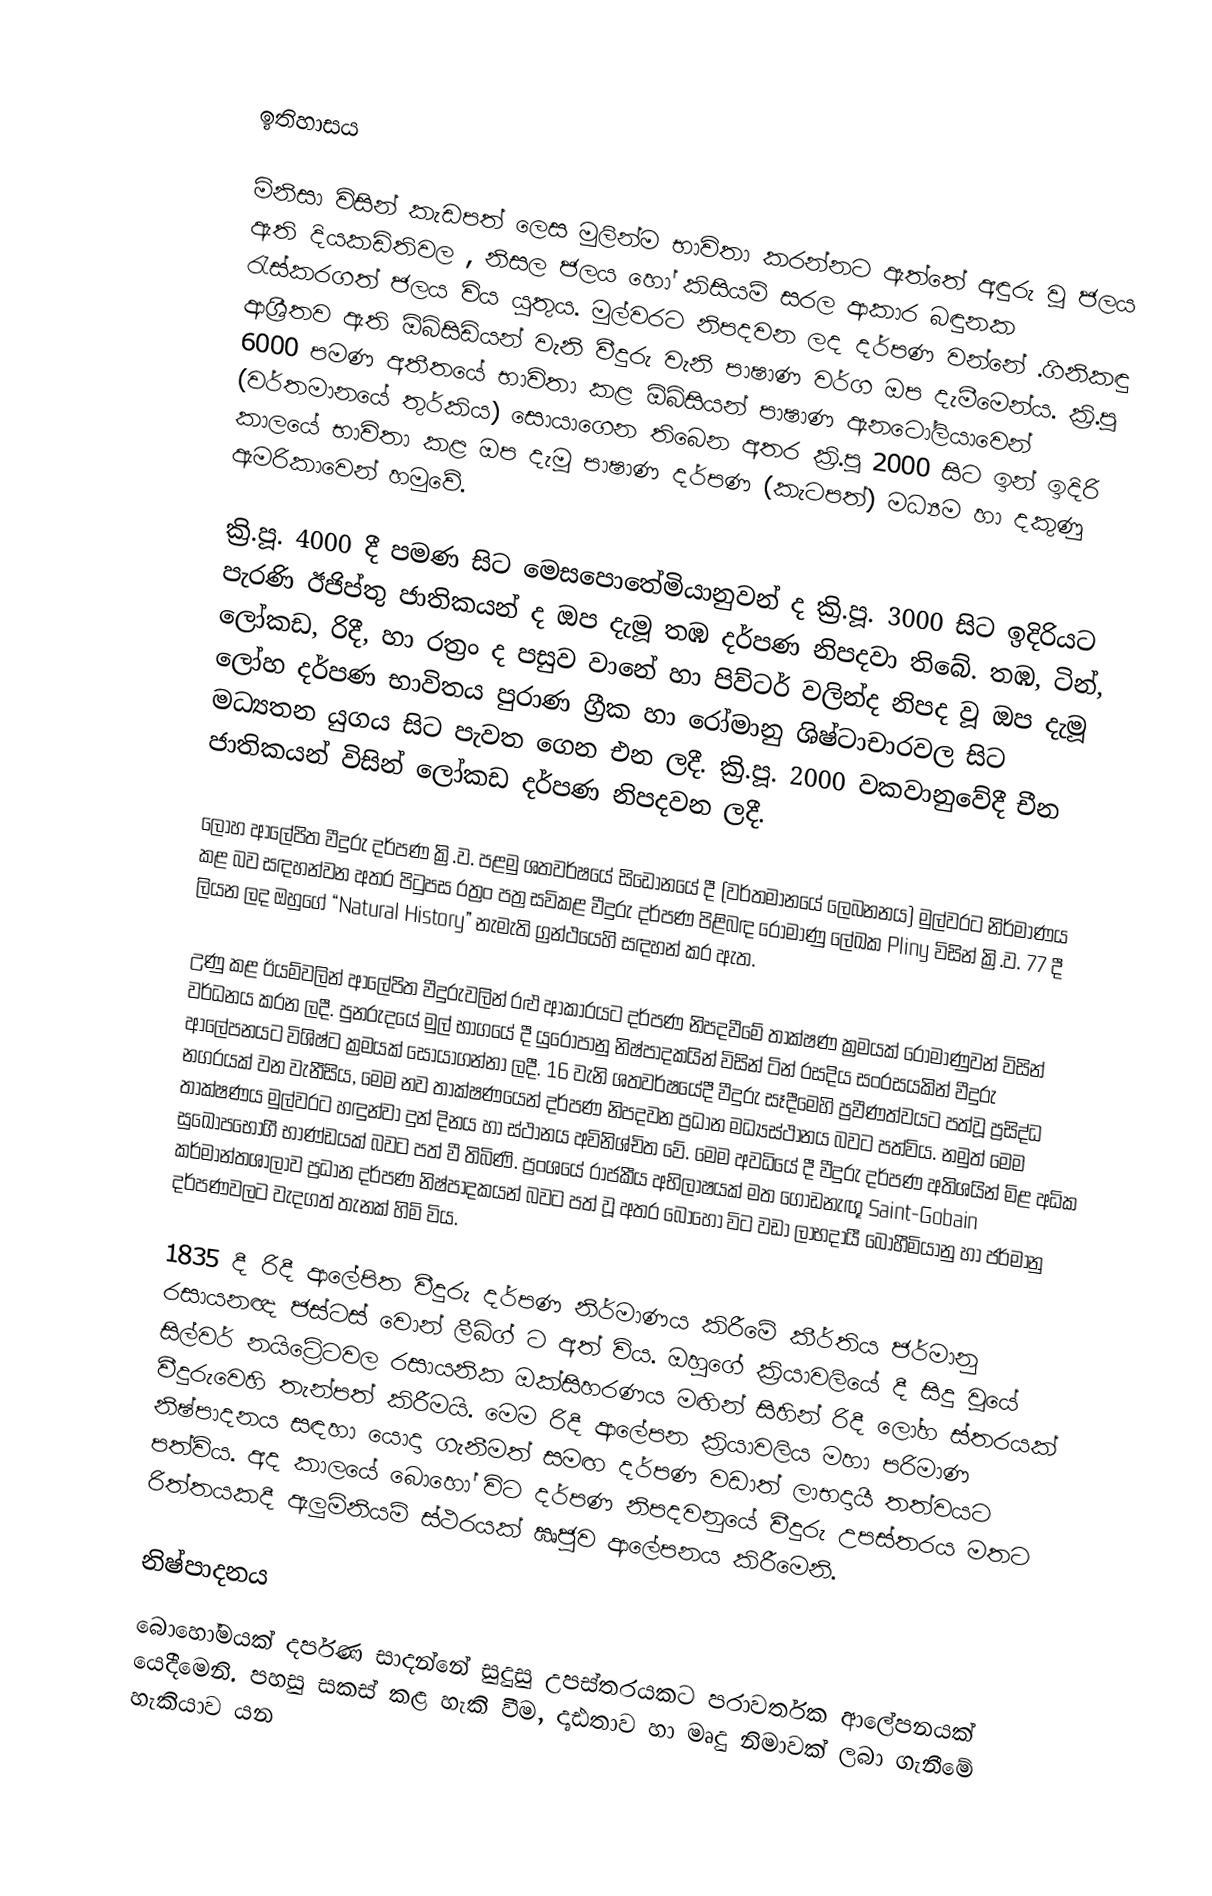

ඉතිහාසය

මිනිසා විසින් කැඩපත් ලෙස මුලින්ම භාවිතා කරන්නට ඇත්තේ අඳුරු වූ ජලය ඇති  දියකඩිතිවල , නිසල ජලය හෝ කිසියම් සරල ආකාර  බඳුනක රැස්කරගත් ජලය විය යුතුය. මුල්වරට නිපදවන ලද දර්පණ වන්නේ .ගිනිකඳු ආශ්‍රීතව ඇති ඕබ්සිඩියන් වැනි වීදුරු වැනි පාෂාණ වර්ග ඔප දැමීමෙන්ය. ක්‍රි.පූ 6000 පමණ අතීතයේ භාවිතා කළ ඕබ්සියන් පාෂාණ  ඇනටෝලියාවෙන් (වර්තමානයේ තුර්කිය) සොයාගෙන තිබෙන අතර ක්‍රි.පූ 2000 සිට ඉන් ඉදිරි කාලයේ භාවිතා කළ ඔප දැමූ පාෂාණ දර්පණ (කැටපත්) මධ්‍යම හා දකුණු ඇමරිකාවෙන් හමුවේ.

ක්‍රි.පූ. 4000 දී පමණ සිට මෙසපොතේමියානුවන් ද ක්‍රි.පූ. 3000 සිට ඉදිරියට පැරණි ඊජිප්තු ජාතිකයන් ද  ඔප දැමූ තඹ දර්පණ නිපදවා තිබේ. තඹ, ටින්, ලෝකඩ, රිදී, හා රත්‍රං ද පසුව වානේ හා පිව්ටර් වලින්ද නිපද වූ ඔප දැමූ ලෝහ දර්පණ භාවිතය පුරාණ ග්‍රීක හා රෝමානු ශිෂ්ටාචාරවල සිට මධ්‍යතන යුගය සිට පැවත ගෙන එන ලදී. ක්‍රි.පූ. 2000 වකවානුවේදී චීන ජාතිකයන් විසින් ලෝකඩ දර්පණ නිපදවන ලදී.

ලෝහ ආලේපිත වීදුරු දර්පණ ක්‍රි.ව. පළමු ශතවර්ෂයේ සිඩෝනයේ  දී (වර්තමානයේ ලෙබනනය) මුල්වරට නිර්මාණය කළ බව සඳහන්වන අතර පිටුපස රත්‍රං පත්‍ර සවිකළ වීදුරු දර්පණ පිළිබඳ රෝමාණු ලේඛක Pliny විසින් ක්‍රි.ව. 77 දී ලියන ලද ඔහුගේ “Natural History” නැමැති ග්‍රන්ථයෙහි සඳහන් කර ඇත.

උණු කළ ඊයම්වලින් ආලේපිත වීදුරුවලින් රළු ආකාරයට දර්පණ නිපදවීමේ  තාක්ෂණ ක්‍රමයක් රෝමාණුවන් විසින් වර්ධනය කරන ලදී.  පුනරුදයේ මුල් භාගයේ දී යුරෝපානු නිෂ්පාදකයින් විසින් ටින් රසදිය සංරසයකින් වීදුරු ආලේපනයට විශිෂ්ට ක්‍රමයක් සොයාගන්නා ලදී. 16 වැනි ශතවර්ෂයේදී වීදුරු සෑදීමෙහි ප්‍රවීණත්වයට පත්වූ ප්‍රසිද්ධ නගරයක් වන වැනීසිය, මෙම නව තාක්ෂණයෙන් දර්පණ නිපදවන ප්‍රධාන මධ්‍යස්ථානය බවට පත්විය. නමුත් මෙම තාක්ෂණය මුල්වරට හඳුන්වා දුන් දිනය හා ස්ථානය අවිනිශ්චිත වේ. මෙම අවධියේ දී වීදුරු දර්පණ අතිශයින් මිළ අධික සුඛෝපභෝගී භාණ්ඩයක් බවට පත් වී තිබිණි. ප්‍රංශයේ රාජකීය අභිලාෂයක් මත ගොඩනැඟූ Saint-Gobain කර්මාන්තශාලාව ප්‍රධාන දර්පණ නිෂ්පාදකයන් බවට පත් වූ අතර බොහෝ විට වඩා ලාභදායී බොහීමියානු හා ජර්මානු දර්පණවලට වැදගත් තැනක් හිමි විය.

1835 දී රිදී ආලේපිත වීදුරු දර්පණ නිර්මාණය කිරීමේ කීර්තිය ජර්මානු රසායනඥ ජස්ටස් වොන් ලීබිග් ට අත් විය. ඔහුගේ ක්‍රියාවලියේ දී සිදු වූයේ සිල්වර් නයිට්‍රේටවල  රසායනික ඔක්සිහරණය මඟින් සිහින් රිදී ලෝහ ස්තරයක් වීදුරුවෙහි තැන්පත් කිරීමයි. මෙම රිදී ආලේපන ක්‍රියාවලිය මහා පරිමාණ නිෂ්පාදනය සඳහා යොදා ගැනීමත් සමඟ දර්පණ වඩාත් ලාභදායී තත්වයට පත්විය. අද කාලයේ බොහෝ විට දර්පණ නිපදවනුයේ වීදුරු උපස්තරය මතට රිත්තයකදී ඇලුමිනියම් ස්ථරයක් ඍජුව ආලේපනය කිරීමෙනි.

නිෂ්පාදනය
බොහෝමයක් දර්පණ සාදන්නේ සුදුසු උපස්තරයකට පරාවර්තක ආලේපනයක් යෙදීමෙනි. පහසු සකස් කළ හැකි වීම, දෘඪතාව හා මෘදු නිමාවක් ලබා ගැනීමේ හැකියාව යන